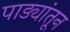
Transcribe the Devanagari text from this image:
पाड्यांतून